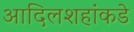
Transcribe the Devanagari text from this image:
आदिलशहांकडे